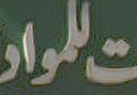
للمواد